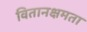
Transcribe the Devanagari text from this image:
वितानक्षमता